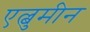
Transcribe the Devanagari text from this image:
एल्बुमीन